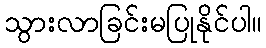
သွားလာခြင်းမပြုနိုင်ပါ။